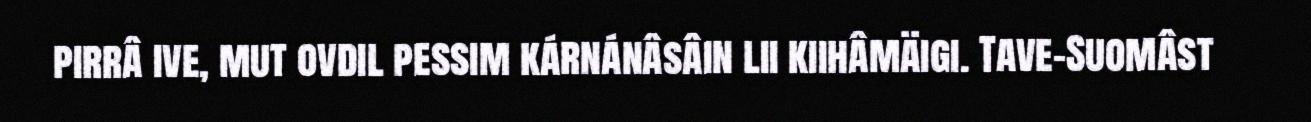
pirrâ ive, mut ovdil pessim kárnánâsâin lii kiihâmäigi. Tave-Suomâst